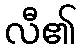
လီ၏